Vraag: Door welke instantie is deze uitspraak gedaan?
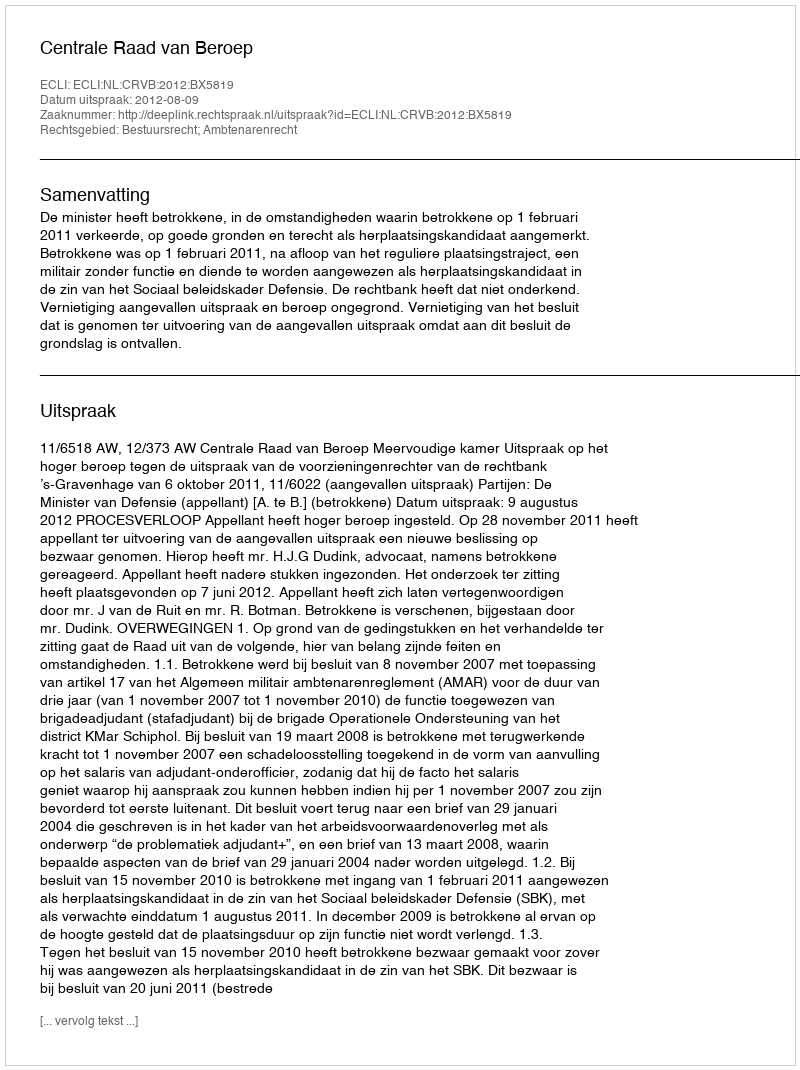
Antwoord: Centrale Raad van Beroep